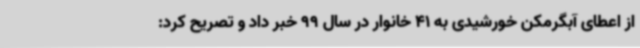
از اعطای آبگرمکن خورشیدی به 41 خانوار در سال 99 خبر داد و تصریح کرد: